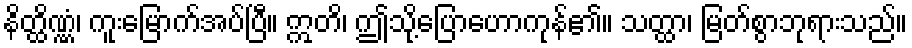
နိတ္ထိဏ္ဏံ၊ ကူးမြောက်အပ်ပြီ။ ဣတိ၊ ဤသို့ပြောဟောကုန်၏။ သတ္ထာ၊ မြတ်စွာဘုရားသည်။